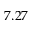
7 . 2 7